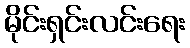
မိုင်းရှင်းလင်းရေး